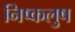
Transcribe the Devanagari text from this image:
निष्कलुष